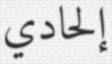
إلحادي